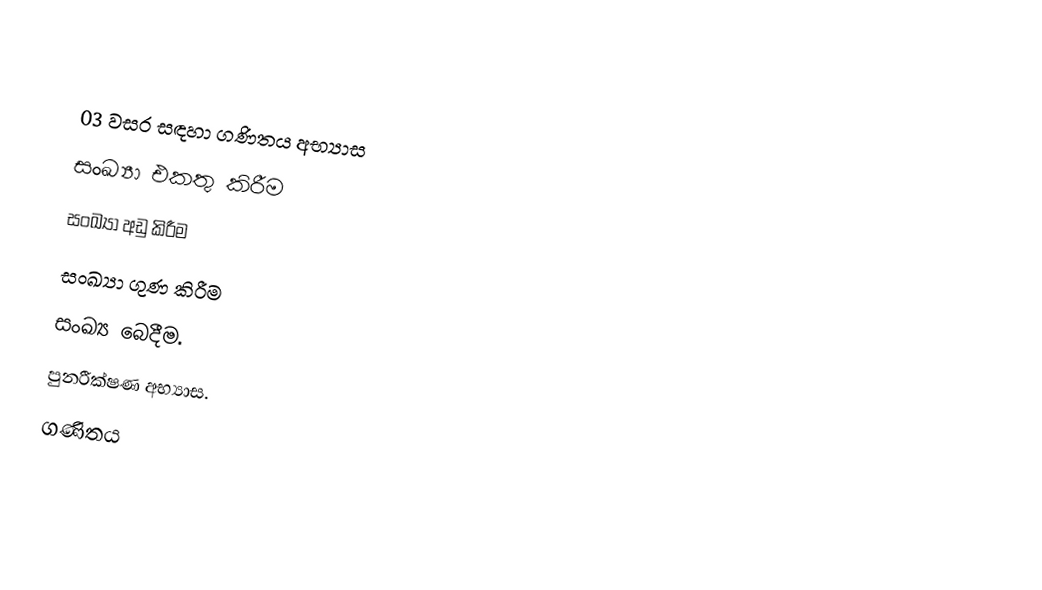

03 වසර ස﻿ඳහා ගණිතය අභ්‍යාස
  සංඛ්‍යා එකතු කිරීම
  සංඛ්‍යා අඩු කිරීම
  සංඛ්‍යා ගුණ කිරීම
  සංඛ්‍ය බෙදීම.
 පුනරීක්ෂණ අභ්‍යාස.
ගණිතය